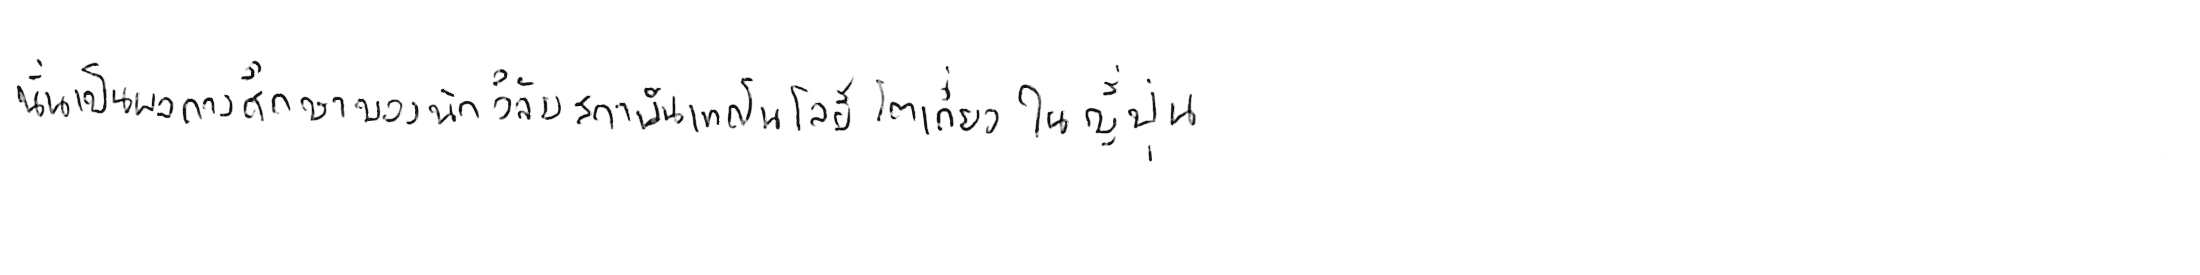
นั่นเป็นผลการศึกษาของนักวิจัยสถาบันเทคโนโลยีโตเกียว ในญี่ปุ่น